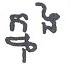
ក្នុង